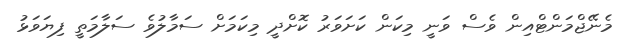
މެނޭޖްމަންޓްއިން ވެސް ވަނީ މިކަން ކަށަވަރު ކޮށްދީ މިކަމަށް ސަމާލުވެ ސަލާމަތީ ފިޔަވަޅު